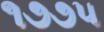
૧૭૭૫